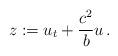
LaTeX: \begin{align*} z:= u_t+\frac{c^2}{b} u\,.\end{align*}